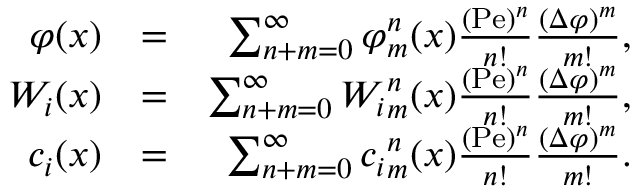
\begin{array} { r l r } { \varphi ( x ) } & { = } & { \sum _ { n + m = 0 } ^ { \infty } { \varphi } _ { m } ^ { n } ( x ) \frac { ( \mathrm { P e } ) ^ { n } } { n ! } \frac { ( \Delta \varphi ) ^ { m } } { m ! } , } \\ { W _ { i } ( x ) } & { = } & { \sum _ { n + m = 0 } ^ { \infty } { W _ { i } } _ { m } ^ { n } ( x ) \frac { ( \mathrm { P e } ) ^ { n } } { n ! } \frac { ( \Delta \varphi ) ^ { m } } { m ! } , } \\ { c _ { i } ( x ) } & { = } & { \sum _ { n + m = 0 } ^ { \infty } { c _ { i } } _ { m } ^ { n } ( x ) \frac { ( \mathrm { P e } ) ^ { n } } { n ! } \frac { ( \Delta \varphi ) ^ { m } } { m ! } . } \end{array}